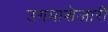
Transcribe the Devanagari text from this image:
उगमाशेजारी